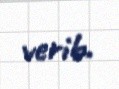
verib.